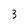
Character: 3